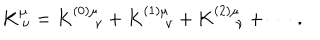
K _ { \ \nu } ^ { \mu } = K _ { \quad \ \nu } ^ { ( 0 ) \mu } + K _ { \quad \ \nu } ^ { ( 1 ) \mu } + K _ { \quad \ \nu } ^ { ( 2 ) \mu } + \cdots \ .